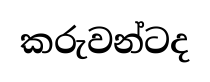
කරුවන්ටද